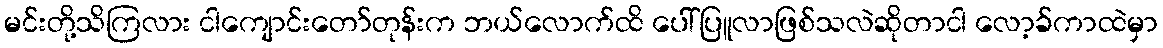
မင်းတို့သိကြလား ငါကျောင်းတော်တုန်းက ဘယ်လောက်ထိ ပေါ်ပြူလာဖြစ်သလဲဆိုတာငါ လော့ခ်ကာထဲမှာ